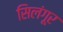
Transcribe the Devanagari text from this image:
सिलंगूर